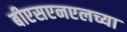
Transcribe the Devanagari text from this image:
बीएसएनएलच्या